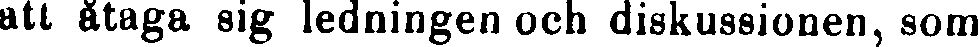
att åtaga sig ledningen och diskussionen, som